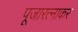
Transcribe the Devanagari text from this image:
पूजारत्नाकर